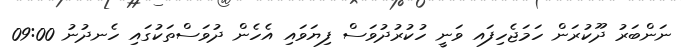
ނަންބަރު ދޫކުރަން ހަަމަޖެހިފައ ވަނީ ހުކުރުދުވަސް ފިޔަވައި އެހެން ދުވަސްތަކުގައި ހެނދުނު 09:00